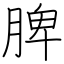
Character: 脾